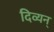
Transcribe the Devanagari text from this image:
दिव्यन्